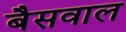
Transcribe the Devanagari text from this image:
बैसवाल